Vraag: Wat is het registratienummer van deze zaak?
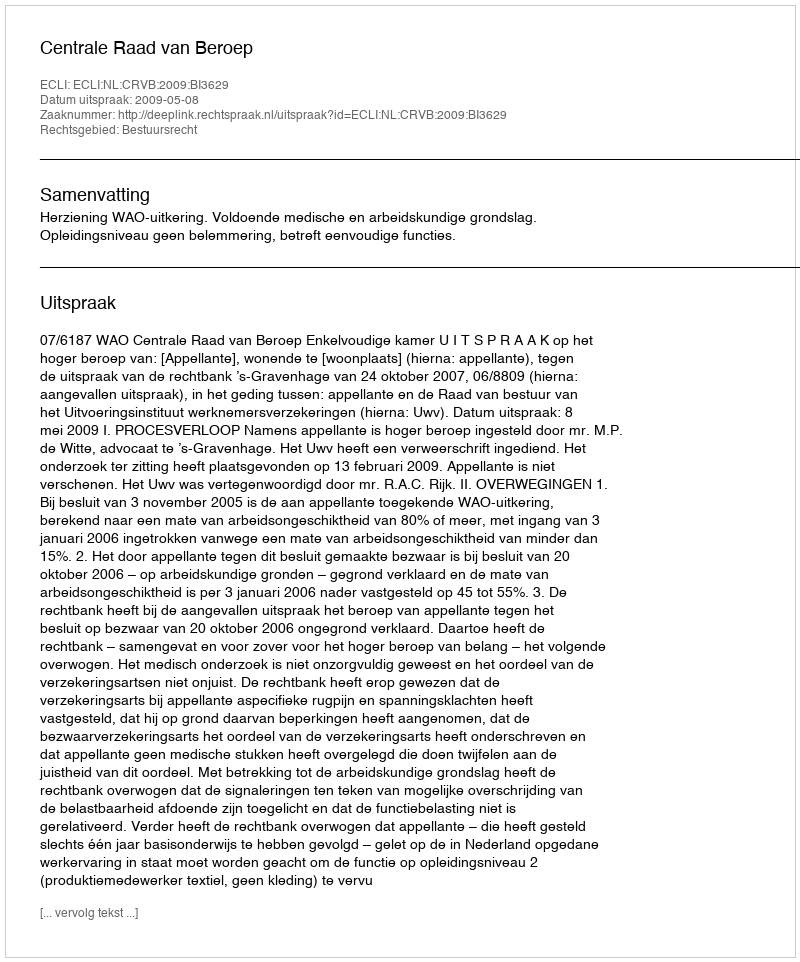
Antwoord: http://deeplink.rechtspraak.nl/uitspraak?id=ECLI:NL:CRVB:2009:BI3629